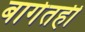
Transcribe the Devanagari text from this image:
बागेतही